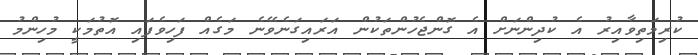
ކުރިމަތިވާއިރު އެ ކުދިންނަށް އެ ގޮންޖެހުންތަކުން އަރައިގަނެވޭނެ މަގެއް ފަހިވެފައި އޮތުމަކީ މުހިންމު